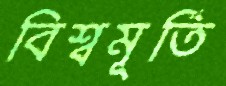
বিশ্বমূর্তি